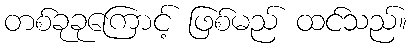
တစ်ခုခုကြောင့် ဖြစ်မည် ထင်သည်။